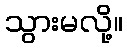
သွားမလို့။